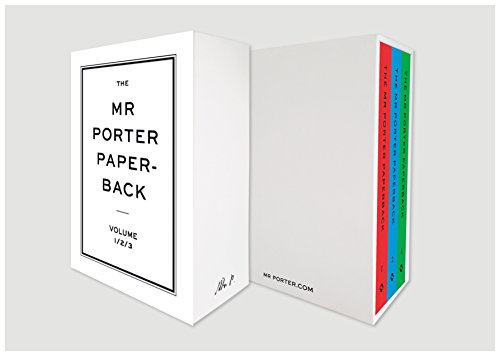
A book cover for The Mr Porter Paperback: Slipcased Edition: The Manual for a Stylish Life: Volumes One, Two, and Three; Health, Fitness & Dieting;